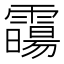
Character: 霷